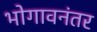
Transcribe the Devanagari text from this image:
भोगावनंतर